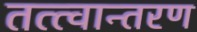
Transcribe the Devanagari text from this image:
तत्त्वान्तरण